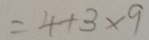
= 4 + 3 \times 9